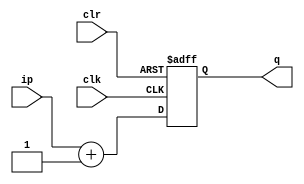
module pc(q,ip,clk,clr);
input clk,clr;
input [31:0] ip;
output [31:0] q;
reg    [31:0] temp1;
wire [31:0] ip;

always @(posedge clk or posedge clr)
    begin
        if(clr)
            temp1 <= 32'h00000000;
        else 
            temp1 <= ip + 1'b1;    
    end
        assign q = temp1;
endmodule